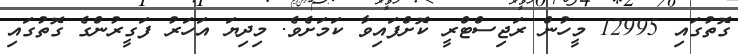
ގޮތުގައި 12995 މީހުން ރަޖިސްޓްރީ ކޮށްފައިވާ ކަމަށެވެ. މިދިޔަ އަހަރު ފަގީރުންގެ ގޮތުގައި